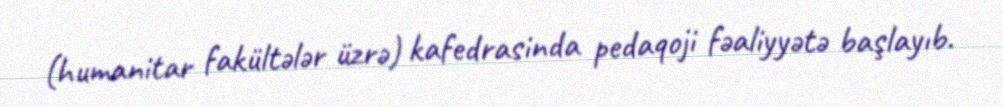
(humanitar fakültələr üzrə) kafedrasinda pedaqoji fəaliyyətə başlayıb.